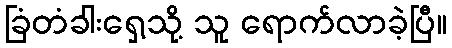
ခြံတံခါးရှေ့သို့ သူ ရောက်လာခဲ့ပြီ။